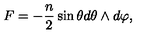
F = - { \frac { n } { 2 } } \sin \theta d \theta \wedge d \varphi ,